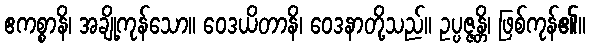
ဧကစ္စာနိ၊ အချို့ကုန်သော။ ဝေဒယိတာနိ၊ ဝေဒနာတို့သည်။ ဥပ္ပဇ္ဇန္တိ၊ ဖြစ်ကုန်၏။